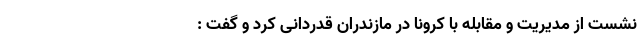
نشست از مدیریت و مقابله با کرونا در مازندران قدردانی کرد و گفت :